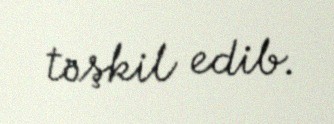
təşkil edib.